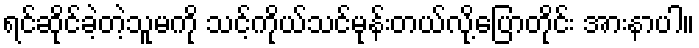
ရင်ဆိုင်ခဲ့တဲ့သူမကို သင့်ကိုယ်သင်မုန်းတယ်လို့ပြောတိုင်း အားနာပါ။